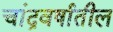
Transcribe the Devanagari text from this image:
चांद्रवर्षातील